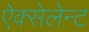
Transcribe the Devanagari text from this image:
ऐक्सेलेन्ट